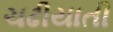
ચઢીયાતી